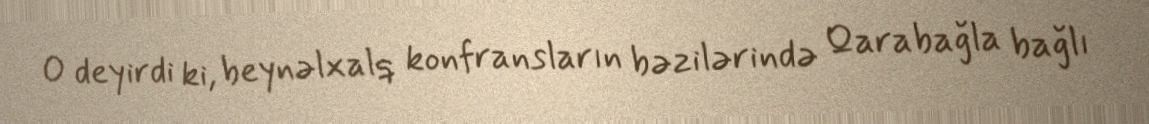
O deyirdi ki, beynəlxalq konfransların bəzilərində Qarabağla bağlı